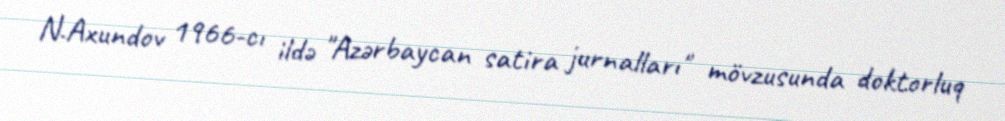
N.Axundov 1966-cı ildə "Azərbaycan satira jurnalları" mövzusunda doktorluq